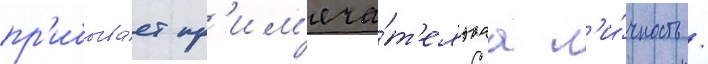
пр'ибыва́ет пр'им'еча́т'ельнаа л'и́чность /